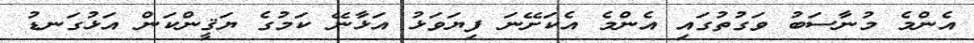
އެންމެ މުނާސަބު ވަގުތުގައި އެންމެ އެކަށޭނަ ފިޔަވަޅު އަޅާނޭ ކަމުގެ ޔަޤީންކަން އަޅުގަނޑު